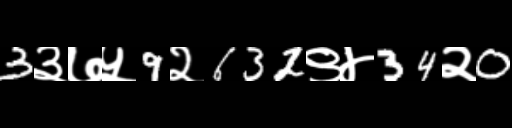
Text: 3३७५9२632९४34२0